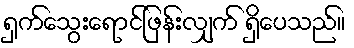
ရှက်သွေးရောင်ဖြန်းလျှက် ရှိပေသည်။